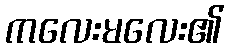
ကလေးမလေး၏